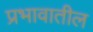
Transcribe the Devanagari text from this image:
प्रभावातील